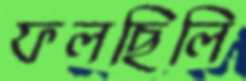
ফলছিলি